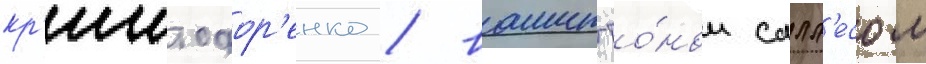
кр'иштофор'енко / вашингто́ном салл'есом